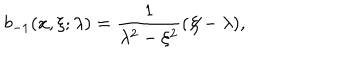
b _ { - 1 } ( x , \xi ; \lambda ) = \frac { 1 } { \lambda ^ { 2 } - \xi ^ { 2 } } ( \not \! \xi - \lambda ) ,